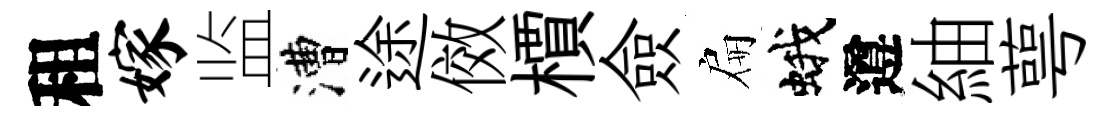
租嫁监漕途傚檟僉扁蛾遵紬萼